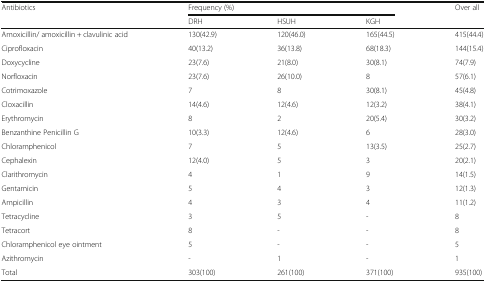
<table><thead><tr><td rowspan="2"><b>Antibiotics</b></td><td colspan="3"><b>Frequency (%)</b></td><td rowspan="2"><b>Over all</b></td></tr><tr><td><b>DRH</b></td><td><b>HSUH</b></td><td><b>KGH</b></td></tr></thead><tbody><tr><td>Amoxicillin/ amoxicillin + clavulinic acid</td><td>130(42.9)</td><td>120(46.0)</td><td>165(44.5)</td><td>415(44.4)</td></tr><tr><td>Ciprofloxacin</td><td>40(13.2)</td><td>36(13.8)</td><td>68(18.3)</td><td>144(15.4)</td></tr><tr><td>Doxycycline</td><td>23(7.6)</td><td>21(8.0)</td><td>30(8.1)</td><td>74(7.9)</td></tr><tr><td>Norfloxacin</td><td>23(7.6)</td><td>26(10.0)</td><td>8</td><td>57(6.1)</td></tr><tr><td>Cotrimoxazole</td><td>7</td><td>8</td><td>30(8.1)</td><td>45(4.8)</td></tr><tr><td>Cloxacillin</td><td>14(4.6)</td><td>12(4.6)</td><td>12(3.2)</td><td>38(4.1)</td></tr><tr><td>Erythromycin</td><td>8</td><td>2</td><td>20(5.4)</td><td>30(3.2)</td></tr><tr><td>Benzanthine Penicillin G</td><td>10(3.3)</td><td>12(4.6)</td><td>6</td><td>28(3.0)</td></tr><tr><td>Chloramphenicol</td><td>7</td><td>5</td><td>13(3.5)</td><td>25(2.7)</td></tr><tr><td>Cephalexin</td><td>12(4.0)</td><td>5</td><td>3</td><td>20(2.1)</td></tr><tr><td>Clarithromycin</td><td>4</td><td>1</td><td>9</td><td>14(1.5)</td></tr><tr><td>Gentamicin</td><td>5</td><td>4</td><td>3</td><td>12(1.3)</td></tr><tr><td>Ampicillin</td><td>4</td><td>3</td><td>4</td><td>11(1.2)</td></tr><tr><td>Tetracycline</td><td>3</td><td>5</td><td>-</td><td>8</td></tr><tr><td>Tetracort</td><td>8</td><td>-</td><td>-</td><td>8</td></tr><tr><td>Chloramphenicol eye ointment</td><td>5</td><td>-</td><td>-</td><td>5</td></tr><tr><td>Azithromycin</td><td>-</td><td>1</td><td>-</td><td>1</td></tr><tr><td>Total</td><td>303(100)</td><td>261(100)</td><td>371(100)</td><td>935(100)</td></tr></tbody></table>